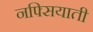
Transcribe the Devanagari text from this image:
नफ्सियाती